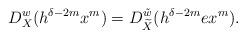
LaTeX: \begin{align*}D^w_X(h^{\delta-2m}x^m)=D^{\tilde w}_{\widetilde X}(h^{\delta-2m}ex^m).\end{align*}